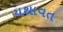
યથાવત